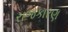
રાજકારણ